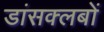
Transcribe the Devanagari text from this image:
डांसक्लबों